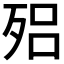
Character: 𣨕